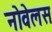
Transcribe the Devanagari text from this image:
नोवेलस